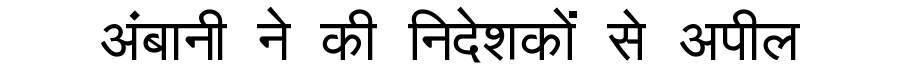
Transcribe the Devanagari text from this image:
अंबानी ने की निदेशकों से अपील